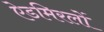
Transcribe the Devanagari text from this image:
ऐडमिरलों